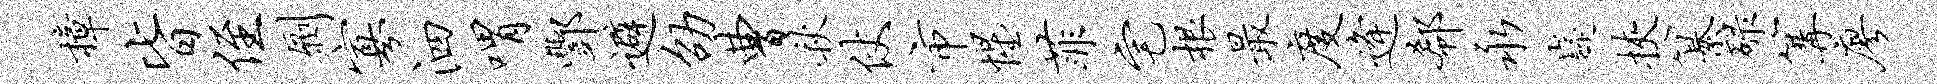
樟皆侄劂寡泗喟酆避劭曹秋仗市惺菲宅根最度逄欷永嶷挟纂碌篝廖